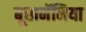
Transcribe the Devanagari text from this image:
बूखनॅनिया